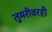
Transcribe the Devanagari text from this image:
तुमरीवरही